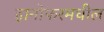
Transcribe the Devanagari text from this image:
हानोफरमधील